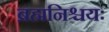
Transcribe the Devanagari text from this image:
ब्रह्मनिश्चयः